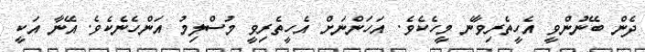
ދެން ބޭނުންވީ އެހީތެރިވާނެ މީހެކެވެ. އަހަންނަށް އެހީތެރިވީ މުސްލިމު އަންހެނެކެވެ. އޭނާ އަކީ